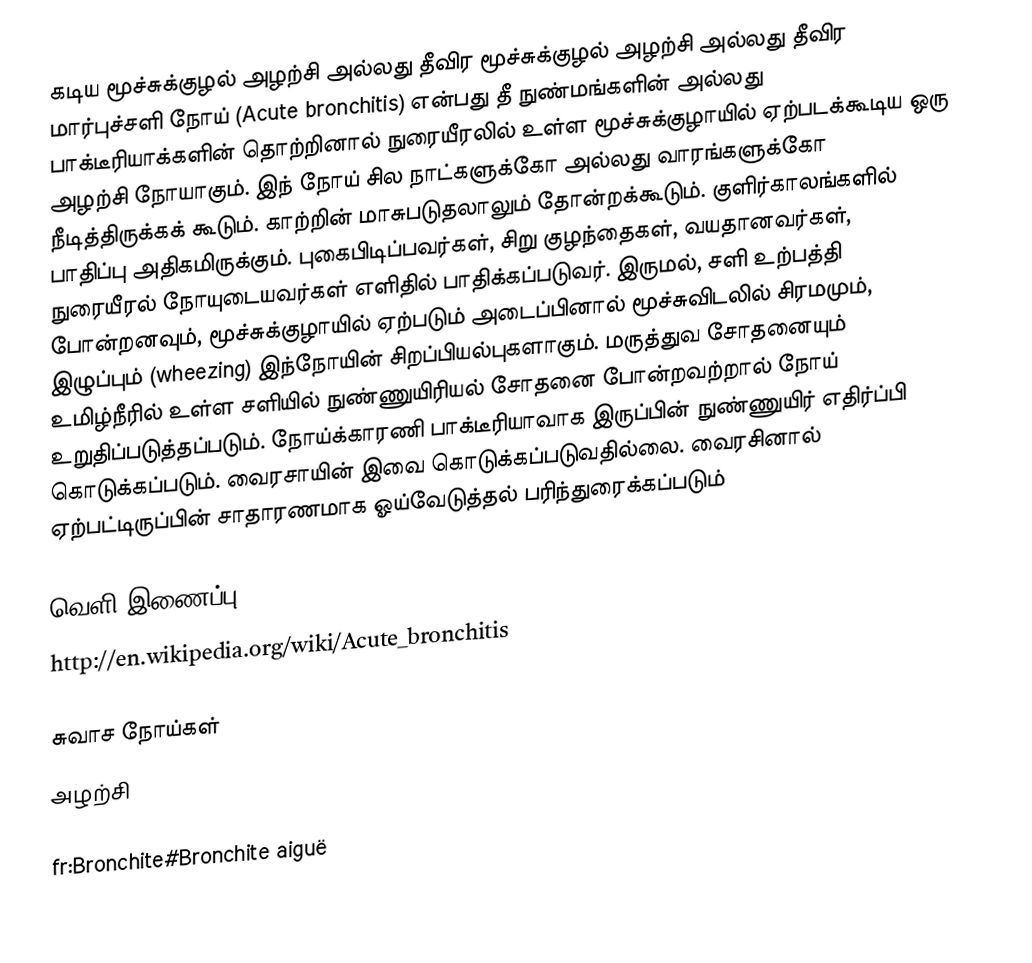
கடிய மூச்சுக்குழல் அழற்சி அல்லது தீவிர மூச்சுக்குழல் அழற்சி அல்லது தீவிர மார்புச்சளி நோய் (Acute bronchitis) என்பது தீ நுண்மங்களின்   அல்லது பாக்டீரியாக்களின் தொற்றினால் நுரையீரலில் உள்ள மூச்சுக்குழாயில் ஏற்படக்கூடிய ஒரு அழற்சி நோயாகும். இந் நோய் சில நாட்களுக்கோ அல்லது வாரங்களுக்கோ நீடித்திருக்கக் கூடும். காற்றின் மாசுபடுதலாலும் தோன்றக்கூடும். குளிர்காலங்களில் பாதிப்பு அதிகமிருக்கும். புகைபிடிப்பவர்கள், சிறு குழந்தைகள், வயதானவர்கள், நுரையீரல் நோயுடையவர்கள் எளிதில் பாதிக்கப்படுவர். இருமல், சளி உற்பத்தி போன்றனவும், மூச்சுக்குழாயில் ஏற்படும் அடைப்பினால் மூச்சுவிடலில் சிரமமும், இழுப்பும் (wheezing) இந்நோயின் சிறப்பியல்புகளாகும். மருத்துவ சோதனையும் உமிழ்நீரில் உள்ள சளியில் நுண்ணுயிரியல் சோதனை போன்றவற்றால் நோய் உறுதிப்படுத்தப்படும். நோய்க்காரணி பாக்டீரியாவாக இருப்பின் நுண்ணுயிர் எதிர்ப்பி கொடுக்கப்படும். வைரசாயின் இவை கொடுக்கப்படுவதில்லை. வைரசினால் ஏற்பட்டிருப்பின் சாதாரணமாக ஓய்வேடுத்தல் பரிந்துரைக்கப்படும்

வெளி இணைப்பு:
http://en.wikipedia.org/wiki/Acute_bronchitis

சுவாச நோய்கள்
அழற்சி

fr:Bronchite#Bronchite aiguë